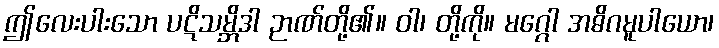
ဤလေးပါးသော ပဋိသမ္ဘိဒါ ဉာဏ်တို့၏။ ဝါ၊ တို့ကို။ မဂ္ဂေါ အဓိဂမူပါယော၊